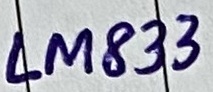
Text: LM833